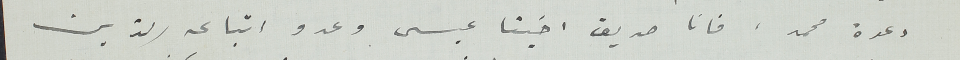
دعوة محمد. فانا صديق اخينا عيسى وعدو اتباعه الذين